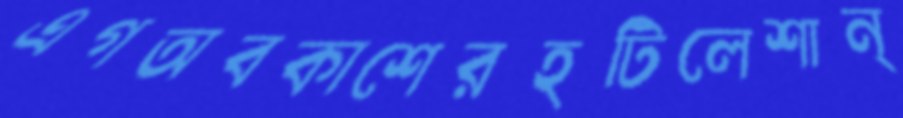
এগঅবকাশেরহটিলেশান্